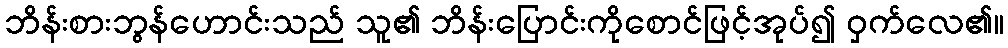
ဘိန်းစားဘွန်ဟောင်းသည် သူ၏ ဘိန်းပြောင်းကိုစောင်ဖြင့်အုပ်၍ ဝှက်လေ၏။